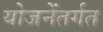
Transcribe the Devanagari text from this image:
योजनेंतर्गत